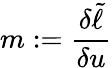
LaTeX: m:=\frac{\delta\tilde{\ell}}{\delta u}